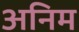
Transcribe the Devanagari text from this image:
अनिम